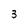
Character: 3